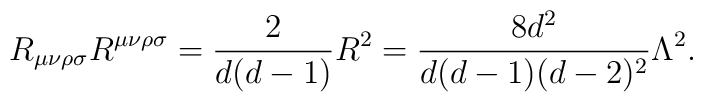
R_{\mu\nu\rho\sigma}R^{\mu\nu\rho\sigma}=\frac{2}{d(d-1)}R^{2}=\frac{8d^2}{d(d-1)(d-2)^2}\Lambda^2.